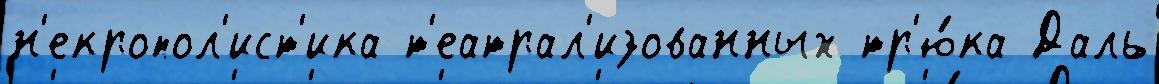
н'екропол'ист'ика т'еатрал'изованных тр'ю́ка Даль